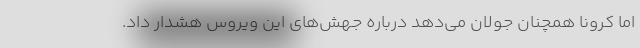
اما کرونا همچنان جولان می‌دهد درباره جهش‌های این ویروس هشدار داد.